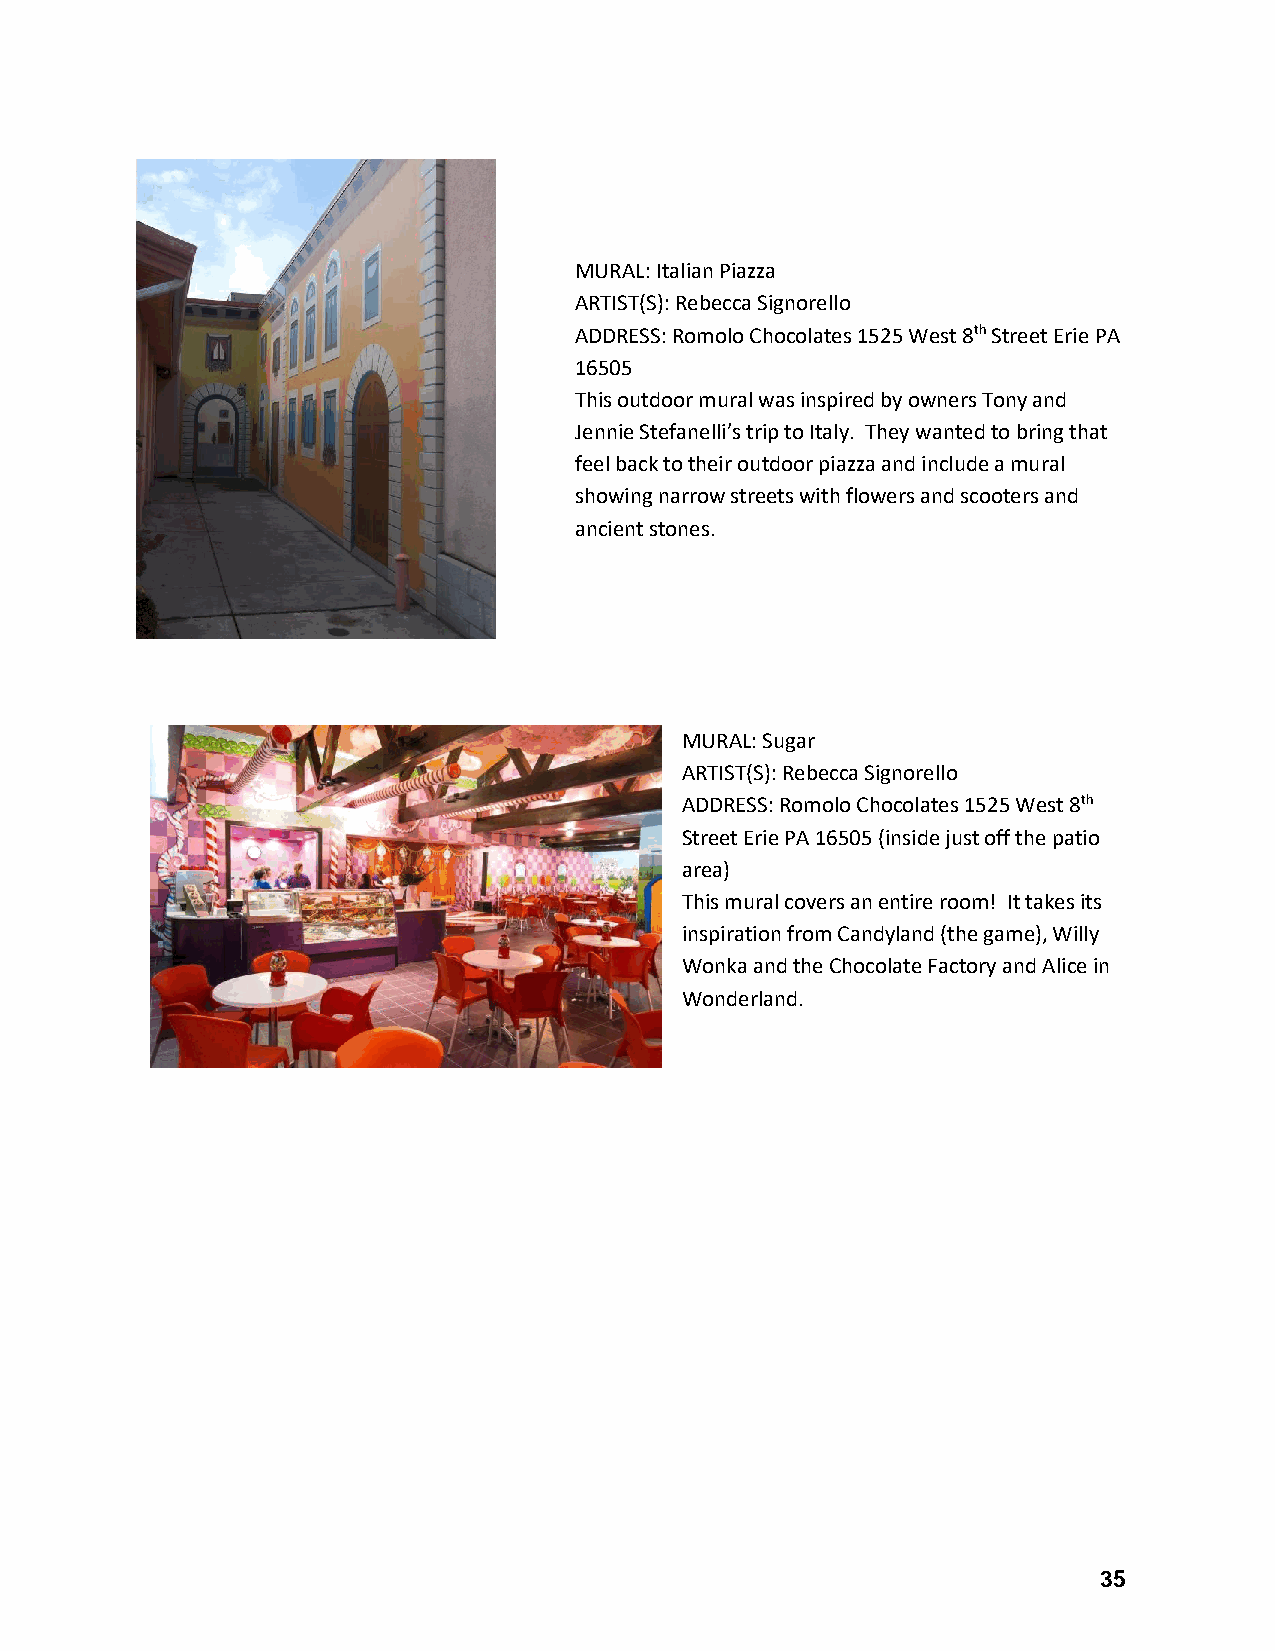
MURAL: Italian Piazza
 ARTIST(S): Rebecca Signorello
 ADDRESS: Romolo Chocolates 1525 West 8th Street Erie PA
 16505
 This outdoor mural was inspired by owners Tony and
 Jennie Stefanelli’s trip to Italy. They wanted to bring that
 feel back to their outdoor piazza and include a mural
 showing narrow streets with flowers and scooters and
 ancient stones.
 MURAL: Sugar
 ARTIST(S): Rebecca Signorello
 ADDRESS: Romolo Chocolates 1525 West 8th
 Street Erie PA 16505 (inside just off the patio
 area)
 This mural covers an entire room! It takes its
 inspiration from Candyland (the game), Willy
 Wonka and the Chocolate Factory and Alice in
 Wonderland.
 35